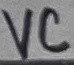
Text: VC